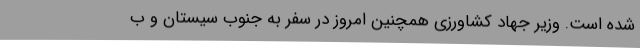
شده است. وزیر جهاد کشاورزی همچنین امروز در سفر به جنوب سیستان و ب